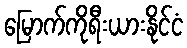
မြောက်ကိုရီးယားနိုင်ငံ